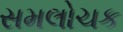
સમલોચક